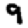
Digit: 9